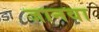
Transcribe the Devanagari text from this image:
जानवा